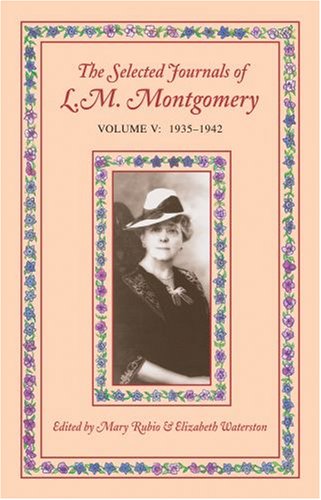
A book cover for The Selected Journals of L. M. Montgomery, Vol. 5: 1935-1942; Biographies & Memoirs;